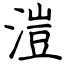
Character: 溰